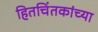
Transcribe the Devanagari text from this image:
हितचिंतकांच्या